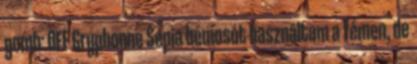
gomb: OFF Gryphonne Sepia bemosót használtam a fémen, de